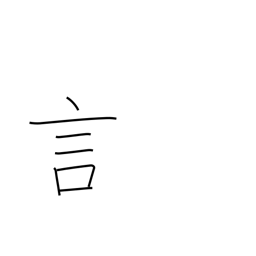
Meaning: word